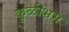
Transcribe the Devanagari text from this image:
कुळीभ्रम